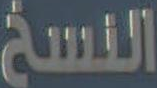
النسخ